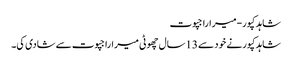
شاہد کپور-میراراجپوت
شاہدکپورنے خود سے 13سال چھوٹی میراراجپوت سے شادی کی۔